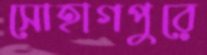
সোহাগপুরে